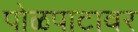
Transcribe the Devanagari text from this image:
पोळपाटावर